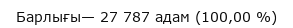
Барлығы— 27 787 адам (100,00 %)